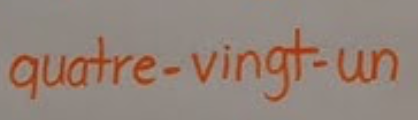
quatre-vingt-un